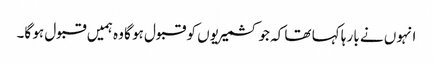
انہوں نے با رہا کہا تھا کہ جو کشمیریوں کو قبول ہو گا وہ ہمیں قبول ہو گا۔